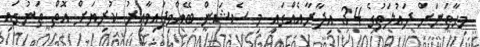
މިހާތަނަށް ދައުލަތުގެ 34 އިދާރާއެއްގައި މި ސެޝަން ބޭއްވިފައިވާއިރު ކުރިޔަށް އޮތް ތަނުގައި